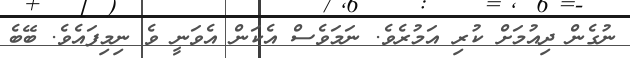
ނުގެން ދިއުމަށް ކުރި އަމުރެވެ. ނަމަވެސް އެކަން އެވަނީ ވެ ނިމިފައެވެ. ބޭބެ